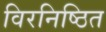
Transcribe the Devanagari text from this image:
विरनिष्ठित